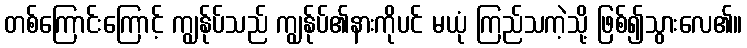
တစ်ကြောင်းကြောင့် ကျွန်ုပ်သည် ကျွန်ုပ်၏နားကိုပင် မယုံ ကြည်သကဲ့သို့ ဖြစ်၍သွားလေ၏။